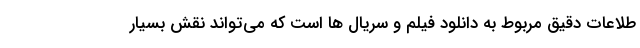
طلاعات دقیق مربوط به دانلود فیلم و سریال ها است که می‌تواند نقش بسیار